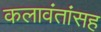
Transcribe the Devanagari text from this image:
कलावंतांसह